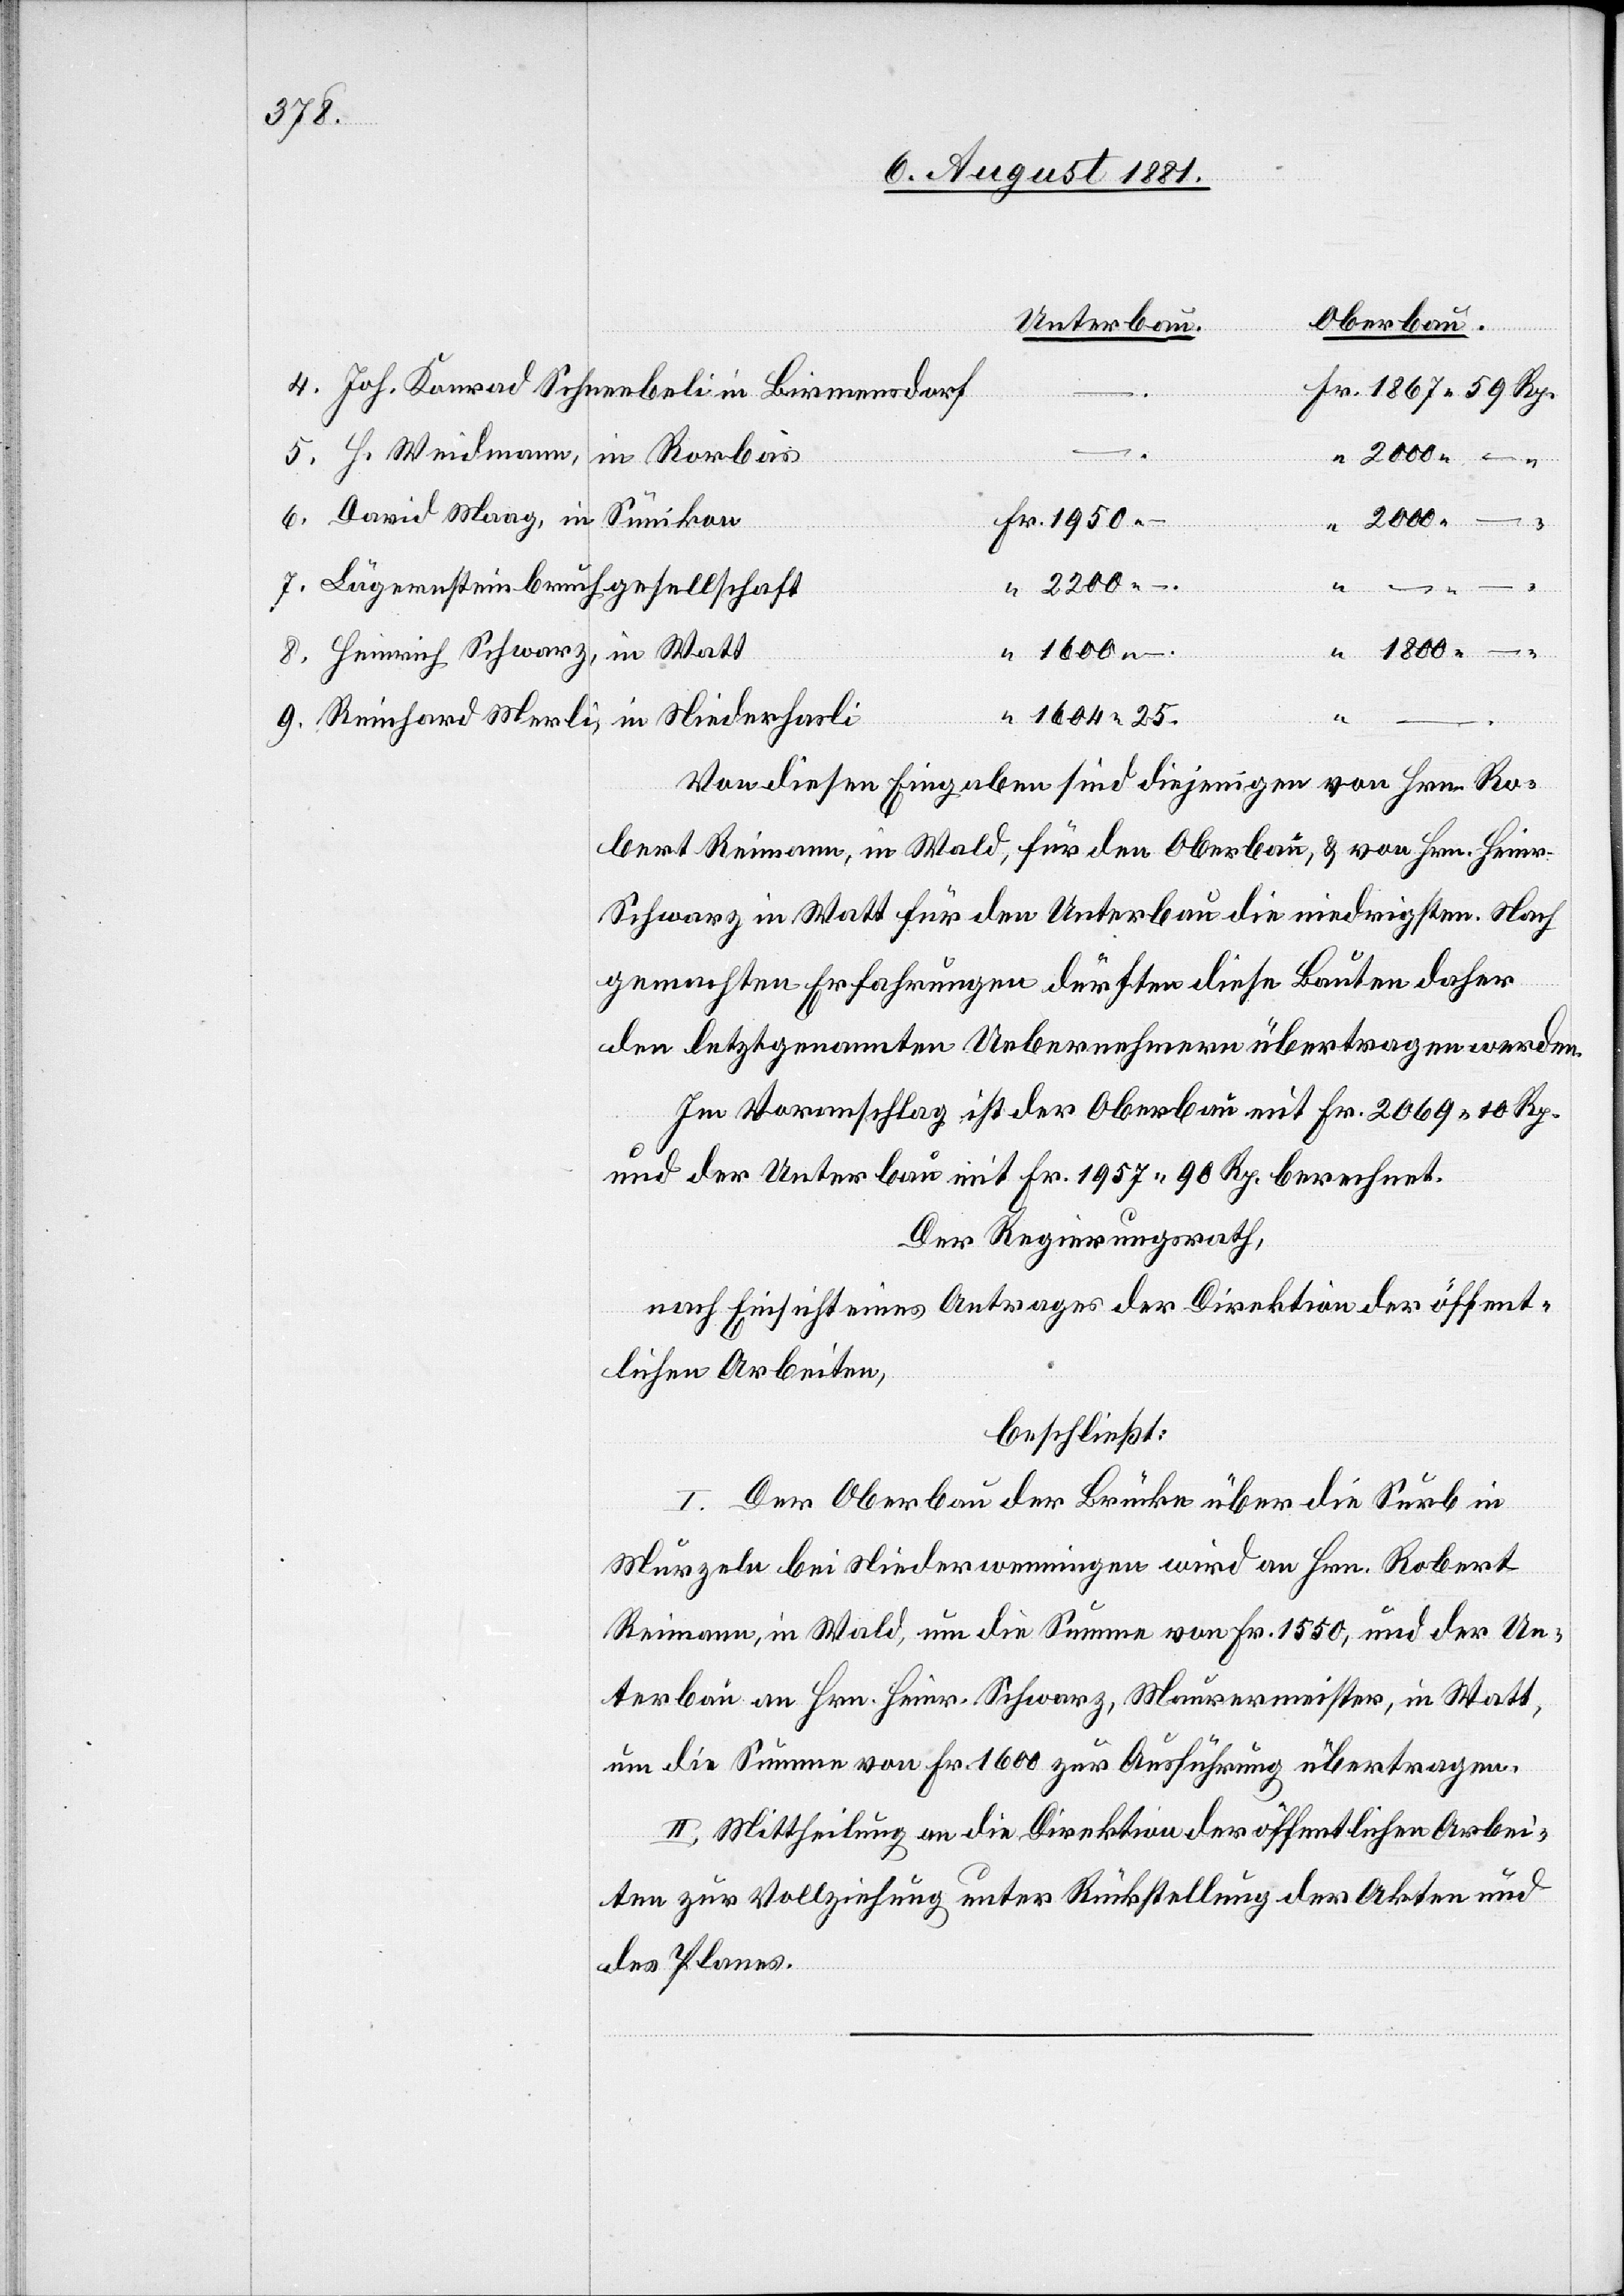
Oberbau.
Unterbau.
Joh. Konrad Schneebeli in Birmersdorf
H. Weidmann, in Rorbas
2000 –
Sunikon
–.
Lägernsteinbruchgesellschaft
4.
1800 –
Heinrich Schwarz, in Watt
9.
1604 25.
Reinahrd Merli, in Niederhasli
Von diesen Eingaben sind diejenigen von Hrn. Ro¬
bert Reimann, in Wald, für den Oberbau, & von Hrn. Heinr.
Schwarz in Watt für den Unterbau die niedrigsten. Nach
gemachten Erfahrungen dürfte diese Baute daher
den letztgenannten Uebernehmern übertragen werden.
Im Voranschlag ist der Oberbau mit Fr. 2069 10 Rp.
und der Unterbau mit Fr. 1957 90 Rp. berechnet.
Der Regierungsrath,
nach Einsicht eines Antrages der Direktion der öffent¬
lichen Arbeiten,
beschließt:
I. Der Oberbau der Brücke über die Surb in
Murzlen bei Niederwenningen wird an Hrn. Robert
Reimann, in Wald, um die Summe von Fr. 1550, und der Un¬
terbau an Hrn. Heinr. Schwarz, Maurermeister, in Watt
um die Summe von Fr. 1600 zur Ausführung übertragen.
II. Mittheilung an die Direktion der öffentlichen Arbei¬
ten zur Vollziehung unter Rückstellung der Akten und
des Planes.